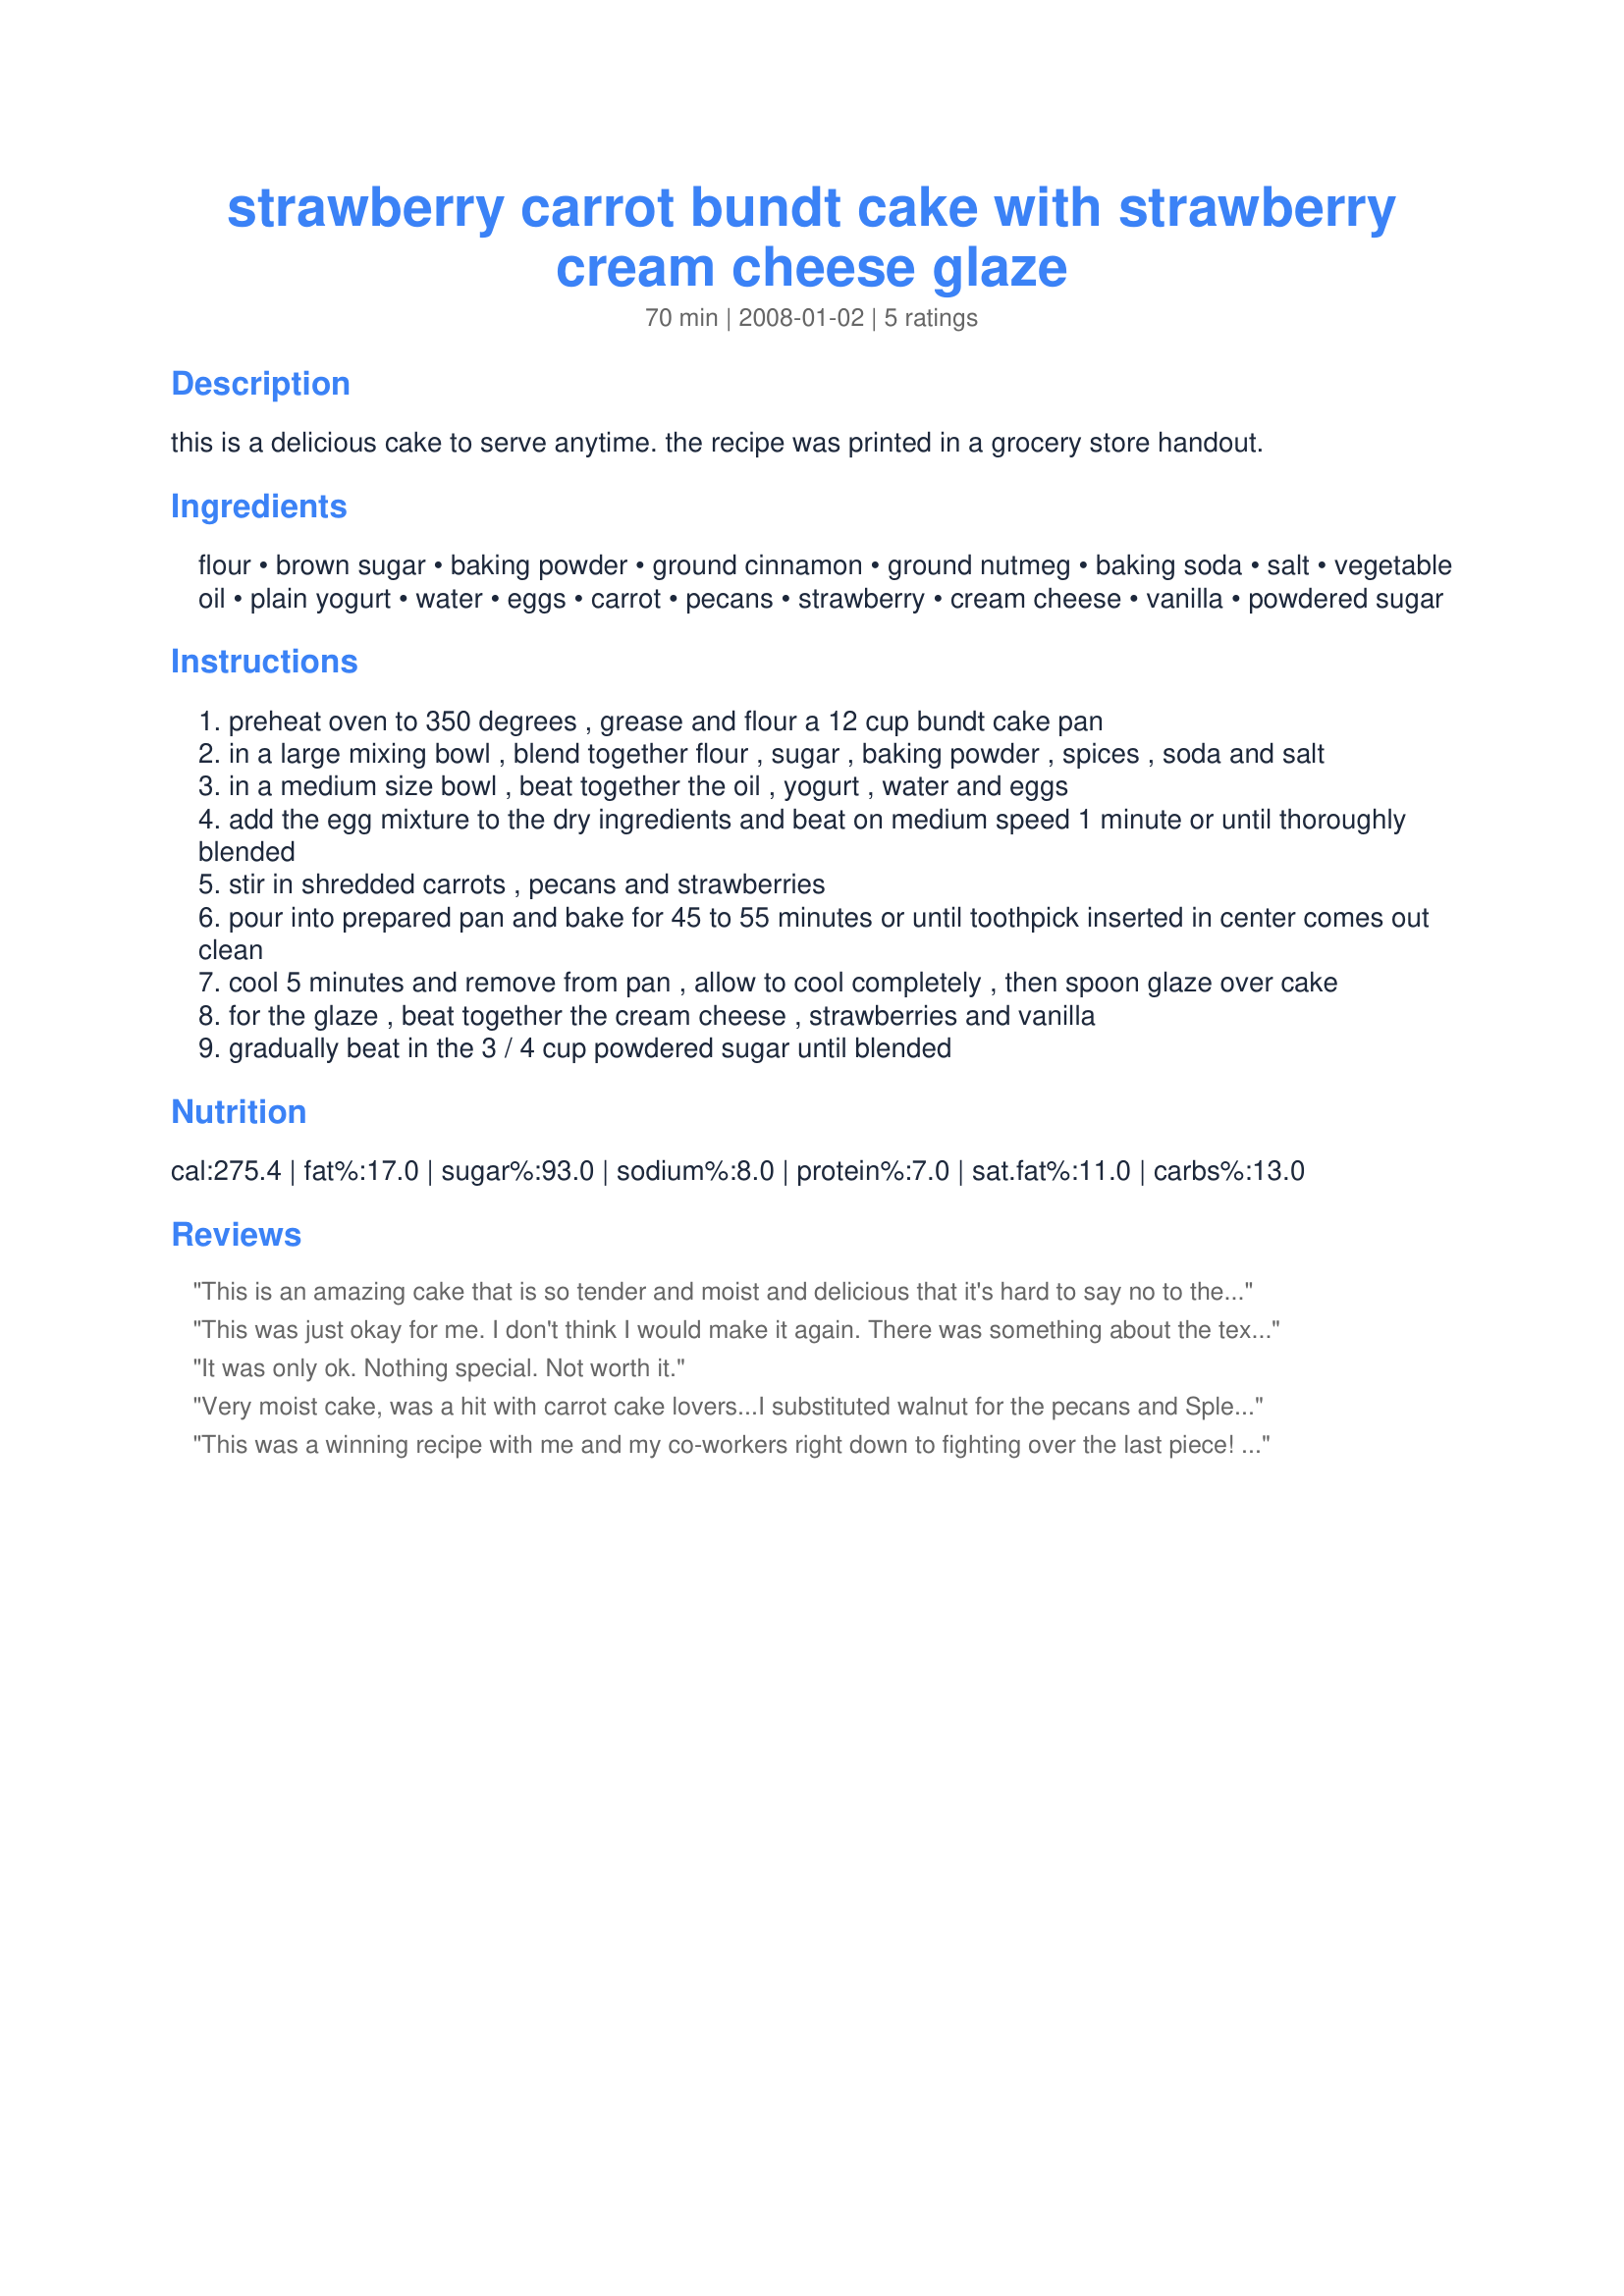
strawberry carrot bundt cake with strawberry cream cheese glaze
Preparation time: 70 minutes

this is a delicious cake to serve anytime. the recipe was printed in a grocery store handout.

Ingredients:
flour, brown sugar, baking powder, ground cinnamon, ground nutmeg, baking soda, salt, vegetable oil, plain yogurt, water, eggs, carrot, pecans, strawberry, cream cheese, vanilla, powdered sugar

Steps:
preheat oven to 350 degrees , grease and flour a 12 cup bundt cake pan
in a large mixing bowl , blend together flour , sugar , baking powder , spices , soda and salt
in a medium size bowl , beat together the oil , yogurt , water and eggs
add the egg mixture to the dry ingredients and beat on medium speed 1 minute or until thoroughly blended
stir in shredded carrots , pecans and strawberries
pour into prepared pan and bake for 45 to 55 minutes or until toothpick inserted in center comes out clean
cool 5 minutes and remove from pan , allow to cool completely , then spoon glaze over cake
for the glaze , beat together the cream cheese , strawberries and vanilla
gradually beat in the 3 / 4 cup powdered sugar until blended

Reviews:
This is an amazing cake that is so tender and moist and delicious that it's hard to say no to the second piece! We ate the whole cake in one sitting at my house, so you know it's THAT good!!!
This was just okay for me. I don't think I would make it again. There was something about the texture of the cake that just didn't work for me.
It was only ok.
Nothing special.
Not worth it.
Very moist cake, was a hit with carrot cake lovers...I substituted walnut for the pecans and Splenda Brown sugar blend...wasn't overly sweet.
This was a winning recipe with me and my co-workers right down to fighting over the last piece! Frosting was delicious and complimented the cake. I will make again, as I love strawberries and especially in this cake! I can't believe anyone would say this was just OK, because it was DELICIOUS!
